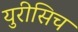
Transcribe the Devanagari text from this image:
युरीसिच